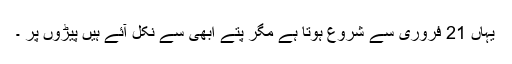
یہاں 21 فروری سے شروع ہوتا ہے مگر پتّے ابھی سے نکل آئے ہیں پیڑوں پر ۔